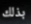
بذلك